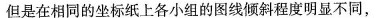
但是在相同的坐标纸上各小组的图线倾斜程度明显不同，